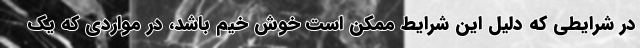
در شرایطی که دلیل این شرایط ممکن است خوش خیم باشد، در مواردی که یک